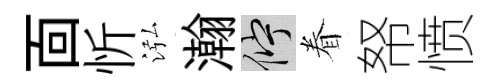
靣忻泓瀚伫眷帑愤